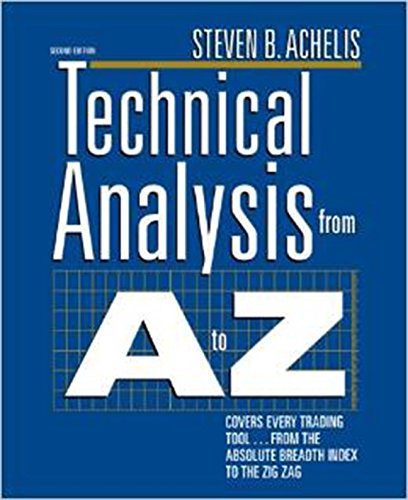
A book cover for Technical Analysis from A to Z, 2nd Edition; Steven Achelis; Business & Money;